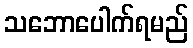
သဘောပေါက်ရမည်